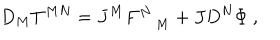
D _ { M } T ^ { M N } = J ^ { M } F _ { \quad M } ^ { N } + J D ^ { N } \Phi ~ ,